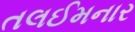
તલઈમનાર